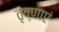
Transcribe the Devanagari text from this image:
तृष्णाएं